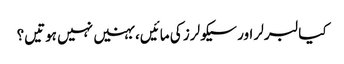
کیا لبرلر اور سیکولرز کی مائیں، بہنیں نہیں ہوتیں؟